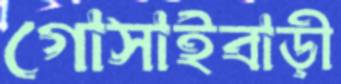
গোসাইবাড়ী